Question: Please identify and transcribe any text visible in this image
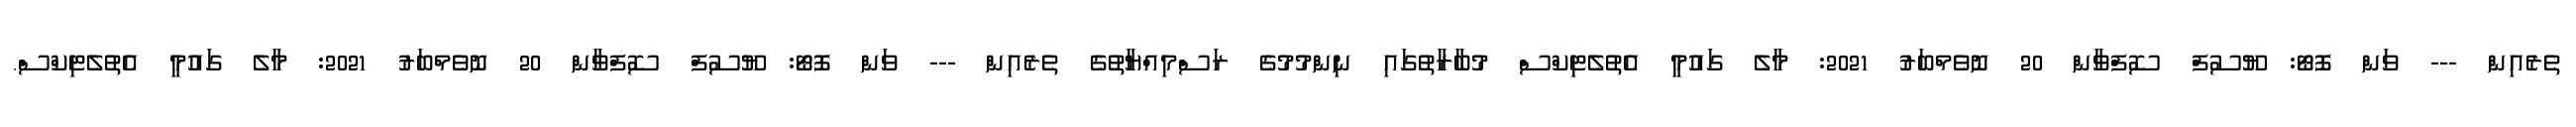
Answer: ތެރެއިން --- ވަން ފޮޓޯ: ޔޫސުފް ސޮފްވާން 20 ނޮވެމްބަރު 2021: މާލެ ގައުމީ އެތުލެޓިކްސް މުބާރާތުގައި ނިންމުމުގެ ރަސްމިއްޔާތުގެ ތެރެއިން --- ވަން ފޮޓޯ: ޔޫސުފް ސޮފްވާން 20 ނޮވެމްބަރު 2021: މާލެ ގައުމީ އެތުލެޓިކްސް.